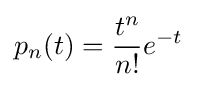
p_{n}(t)={\frac {t^{n}}{n!}}e^{-t}